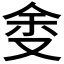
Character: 𱑷